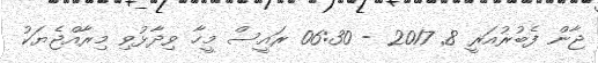
ޖާން ފެބުރުއަރީ 8